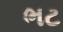
ભટ